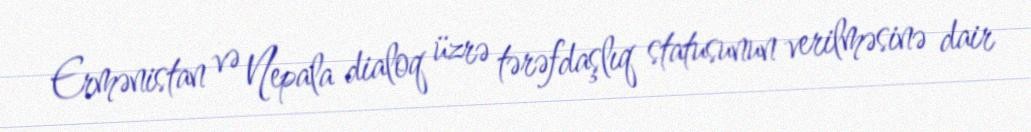
Ermənistan və Nepala dialoq üzrə tərəfdaşlıq statusunun verilməsinə dair